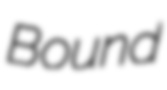
Bound